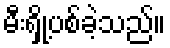
မီးရှို့ပစ်ခဲ့သည်။